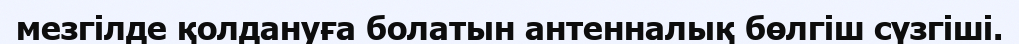
мезгілде қолдануға болатын антенналық бөлгіш сүзгіші.